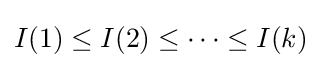
I(1)\leq I(2)\leq \cdots \leq I(k)